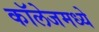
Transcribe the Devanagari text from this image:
कॉलेजमध्‍ये